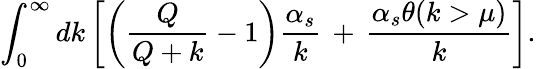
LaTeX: \int_{0}^{\infty}dk\left[\left(\frac{Q}{Q+k}-1\right)\frac{\alpha_{s}}{k}\, +\, \frac{\alpha_{s}\theta(k>\mu)}{k}\right].